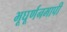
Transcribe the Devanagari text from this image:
भूघूर्णनमापी